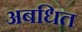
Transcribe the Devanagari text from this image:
अबधित